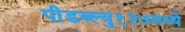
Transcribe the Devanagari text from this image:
पीडब्ल्यु१२७मध्ये